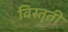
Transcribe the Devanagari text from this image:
विस्तृती